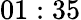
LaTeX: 01:35